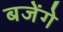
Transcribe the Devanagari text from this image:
बजेंगे